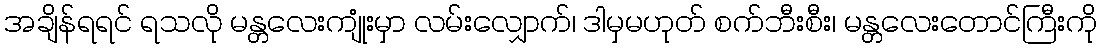
အချိန်ရရင် ရသလို မန္တလေးကျုံးမှာ လမ်းလျှောက်၊ ဒါမှမဟုတ် စက်ဘီးစီး၊ မန္တလေးတောင်ကြီးကို